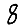
Digit: 8